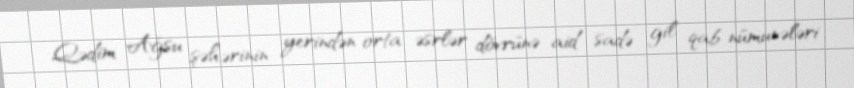
Qədim Ağsu şəhərinin yerindən orta əsrlər dövrünə aid sadə gil qab nümunələri